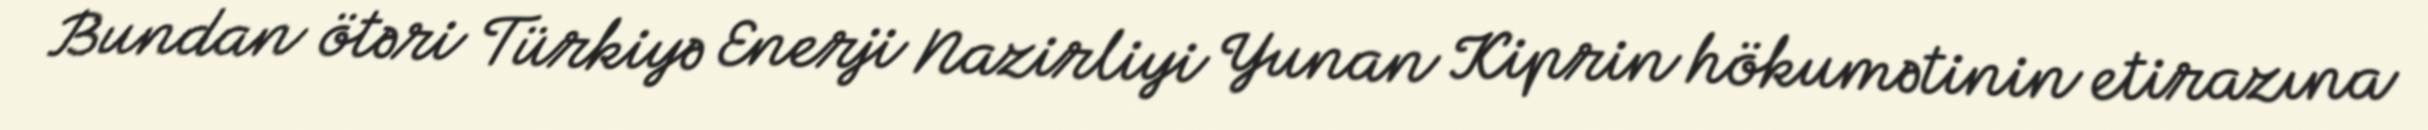
Bundan ötəri Türkiyə Enerji Nazirliyi Yunan Kiprin hökumətinin etirazına